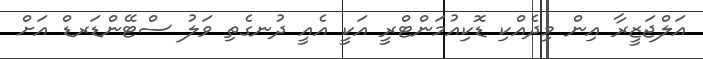
އަލްޖަޒީރާ އިން މިދެއްކި ޑޮކިއުމަންޓްރީ އަކީ އެއީ ދުނގެތި ވަލު ސްޓޭންޑަރޑް އަށް